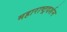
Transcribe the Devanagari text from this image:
महाराष्ट्रदर्शन